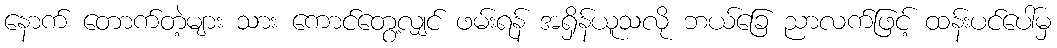
နောက် တောက်တဲ့များ သား ကောင်တွေ့လျှင် ဖမ်းရန် အရှိန်ယူသလို ဘယ်ခြေ ညာလက်ဖြင့် ထန်းပင်ပေါ်မှ